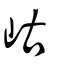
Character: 岵